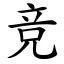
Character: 竞